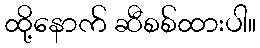
ထို့နောက် ဆီစစ်ထားပါ။